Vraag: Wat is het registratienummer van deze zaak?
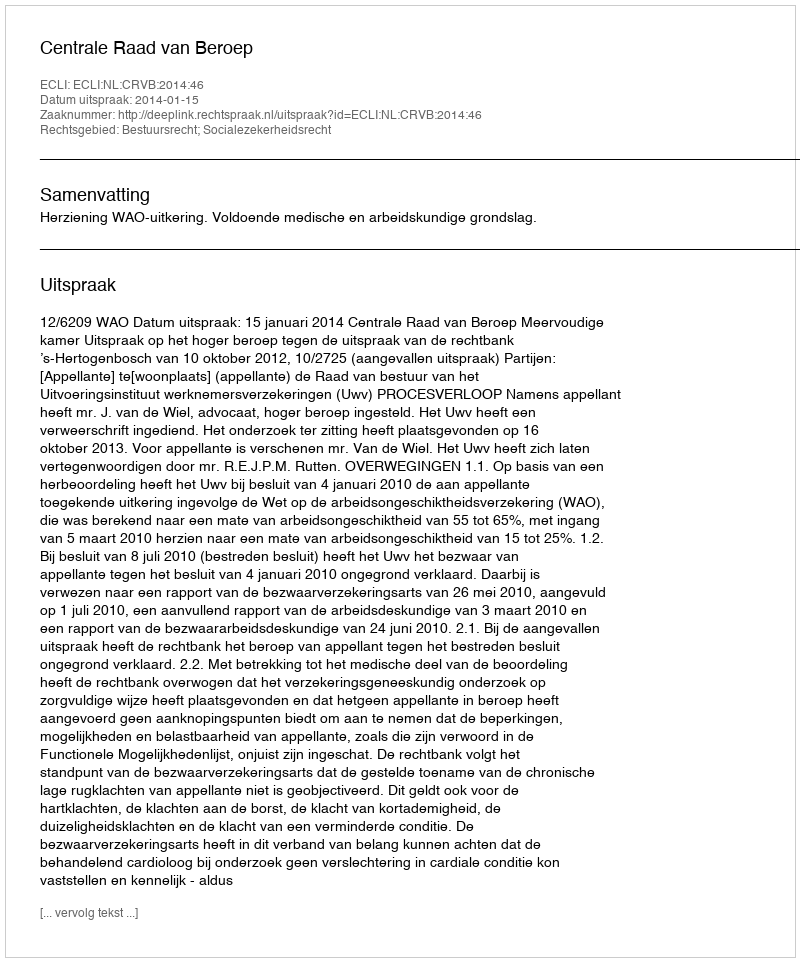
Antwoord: http://deeplink.rechtspraak.nl/uitspraak?id=ECLI:NL:CRVB:2014:46